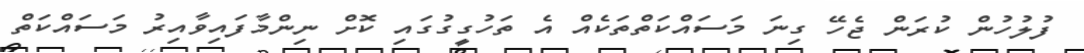
ފުލުހުން ކުރަން ޖެހޭ ގިނަ މަސައްކަތްތަކެއް އެ ތަހުގީގުގައި ކޮށް ނިންމާފައިވާއިރު މަސައްކަތް